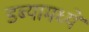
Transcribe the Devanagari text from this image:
डब्यामध्ये